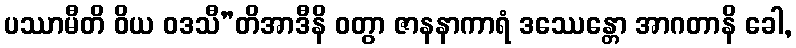
ပဿာမီတိ ဝိယ ဝဒသီ”တိအာဒီနိ ဝတွာ ဇာနနာကာရံ ဒဿေန္တော အာဂတာနိ ခေါ,